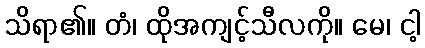
သိရာ၏။ တံ၊ ထိုအကျင့်သီလကို။ မေ၊ ငါ့